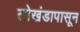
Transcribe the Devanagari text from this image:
लाेखंडापासून